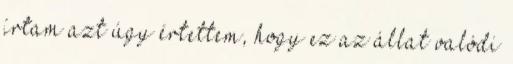
írtam azt úgy értettem, hogy ez az állat valódi